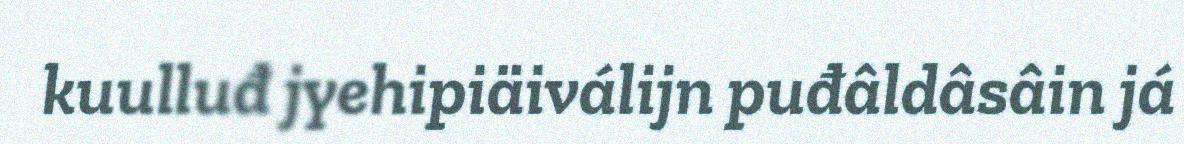
kuulluđ jyehipiäiválijn puđâldâsâin já